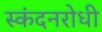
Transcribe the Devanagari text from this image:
स्कंदनरोधी